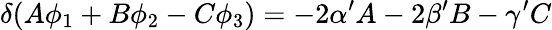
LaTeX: \delta(A\phi_{1}+B\phi_{2}-C\phi_{3})=-2\alpha^{\prime}A-2\beta^{\prime}B-\gamma^{\prime}C